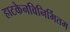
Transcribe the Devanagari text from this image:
हाटकेनविनिर्मितम